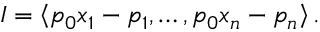
I = \left\langle p _ { 0 } x _ { 1 } - p _ { 1 } , \ldots , p _ { 0 } x _ { n } - p _ { n } \right\rangle .